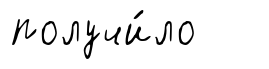
получи́ло